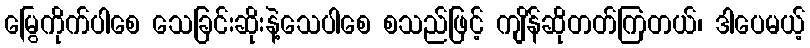
မြွေကိုက်ပါစေ သေခြင်းဆိုးနဲ့သေပါစေ စသည်ဖြင့် ကျိန်ဆိုတတ်ကြတယ်၊ ဒါပေမယ့်